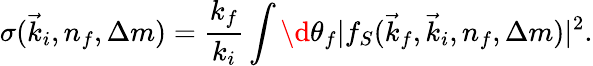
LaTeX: \sigma(\vec{k}_{i},n_{f},\Delta m)=\frac{k_{f}}{k_{i}}\int\d\theta_{f}\vert f_{S}(\vec{k}_{f},\vec{k}_{i},n_{f},\Delta m)\vert^{2}.